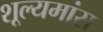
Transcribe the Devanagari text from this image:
शूल्यमांस